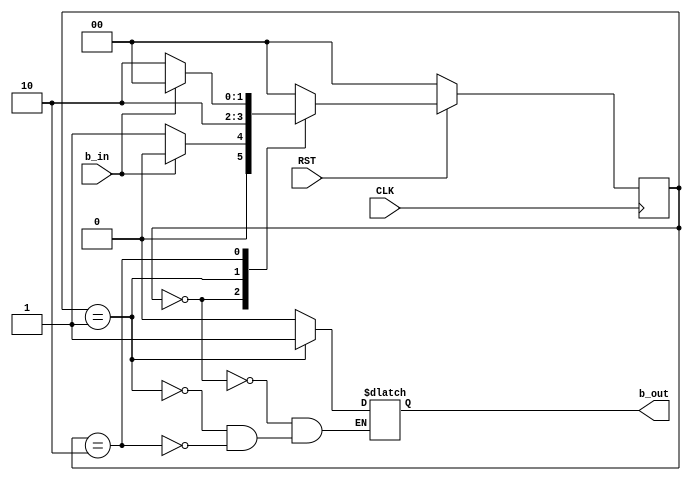
// ECE5440
// bshaper.v
// Decription: Changes the functionality of input buttons on the FPGA.
//      Changes between Login mode and Game mode
//      Two-Procedure FSM

// Button input is pulled up (active low)

module bshaper(
    CLK, RST,
    b_in, b_out
    );

    input b_in, CLK, RST;
    output b_out;
    reg b_out;

    //FSM
    reg [1:0] currentstate, nextstate;
    parameter Init = 2'b00, Edge = 2'b01, Wait = 2'b10;

    //Update state
    always @ (posedge CLK) begin
        if(RST == 1'b0)
        begin
            currentstate <= Init;
        end
        else begin
            currentstate <= nextstate;
        end
    end

    always @ (currentstate, b_in) begin
        case (currentstate)
            Init: begin
                b_out <= 1'b0;
                if(b_in == 1'b1)
                begin
                    nextstate <= Init;
                end
                else begin
                    nextstate <= Edge;
                end
            end
            Edge: begin
                b_out <= 1'b1;
                nextstate <= Wait;
            end
            Wait: begin
                b_out <= 1'b0;
                if(b_in == 1'b1)
                begin
                    nextstate <= Init;
                end
                else begin
                    nextstate <= Wait;
                end
            end
            default: begin
                nextstate <= Init;
            end
        endcase
    end
endmodule